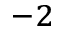
^ { - 2 }